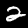
Digit: 2